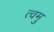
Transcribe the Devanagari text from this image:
त्वमु